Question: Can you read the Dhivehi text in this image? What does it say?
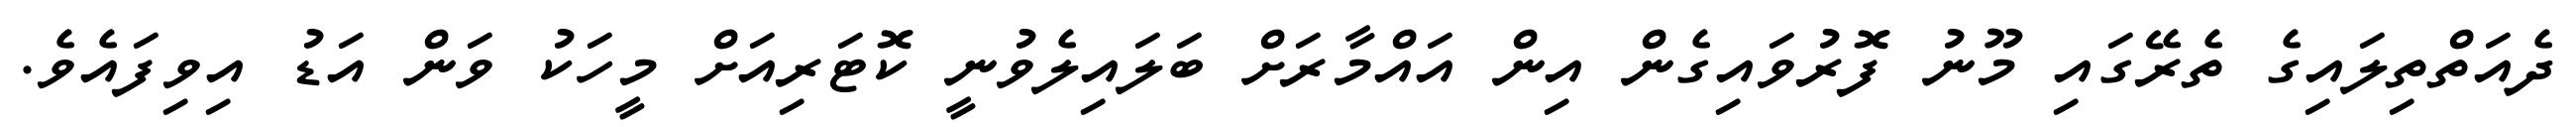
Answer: ދެއަތްތިލައިގެ ތެރޭގައި މޫނު ފޮރުވައިގެން އިން އައްމާރަށް ބަލައިލެވުނީ ކޮޓަރިއަށް މީހަކު ވަން އަޑު އިވިފައެވެ.